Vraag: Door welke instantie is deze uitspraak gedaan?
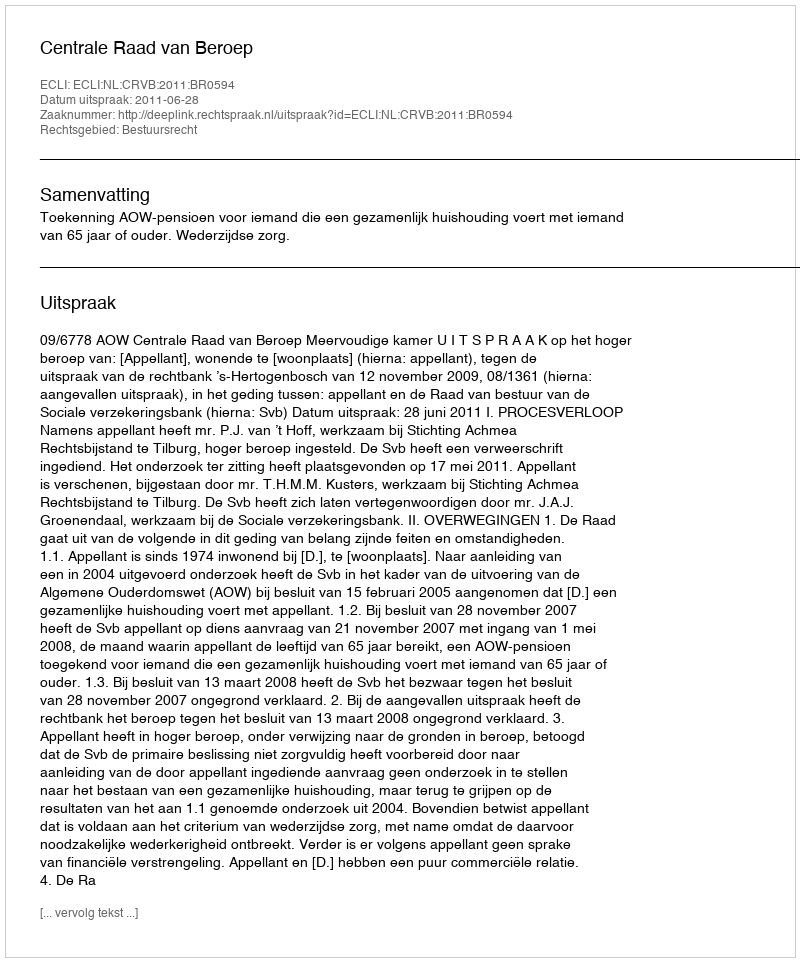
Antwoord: Centrale Raad van Beroep